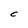
Character: C